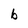
Character: b